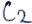
Text: C2